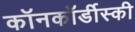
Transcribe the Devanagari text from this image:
कॉनकॉर्डीस्की